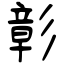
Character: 彰